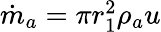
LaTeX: \begin{array}{r}{{\dot{m}}_{a}={\pi r}_{1}^{2}\rho_{a}u}\end{array}